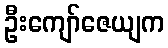
ဦးကျော်ဇေယျက